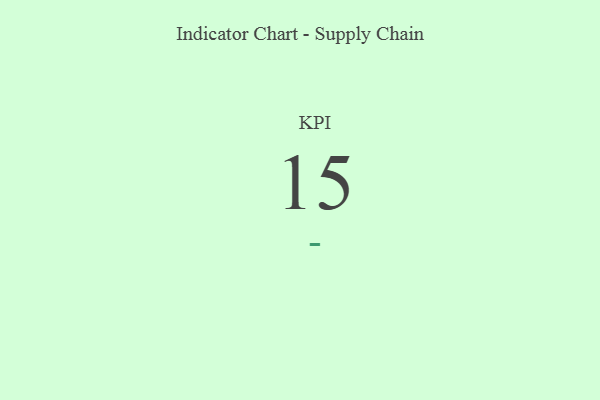
{"axis": {"x": "KPI", "y": "Value"}, "legend": [""], "data": [{"x": "KPI", "y": 15, "type": ""}]}